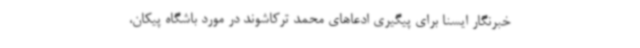
خبرنگار ایسنا برای پیگیری ادعاهای محمد ترکاشوند در مورد باشگاه پیکان،